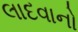
લાદવાનો